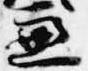
兼